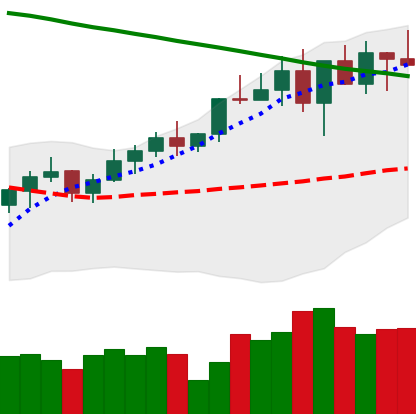
Ticker: BNB-USD
Chart end date: 2022-04-05
Forward return: -5.971%
Label: down_5_7